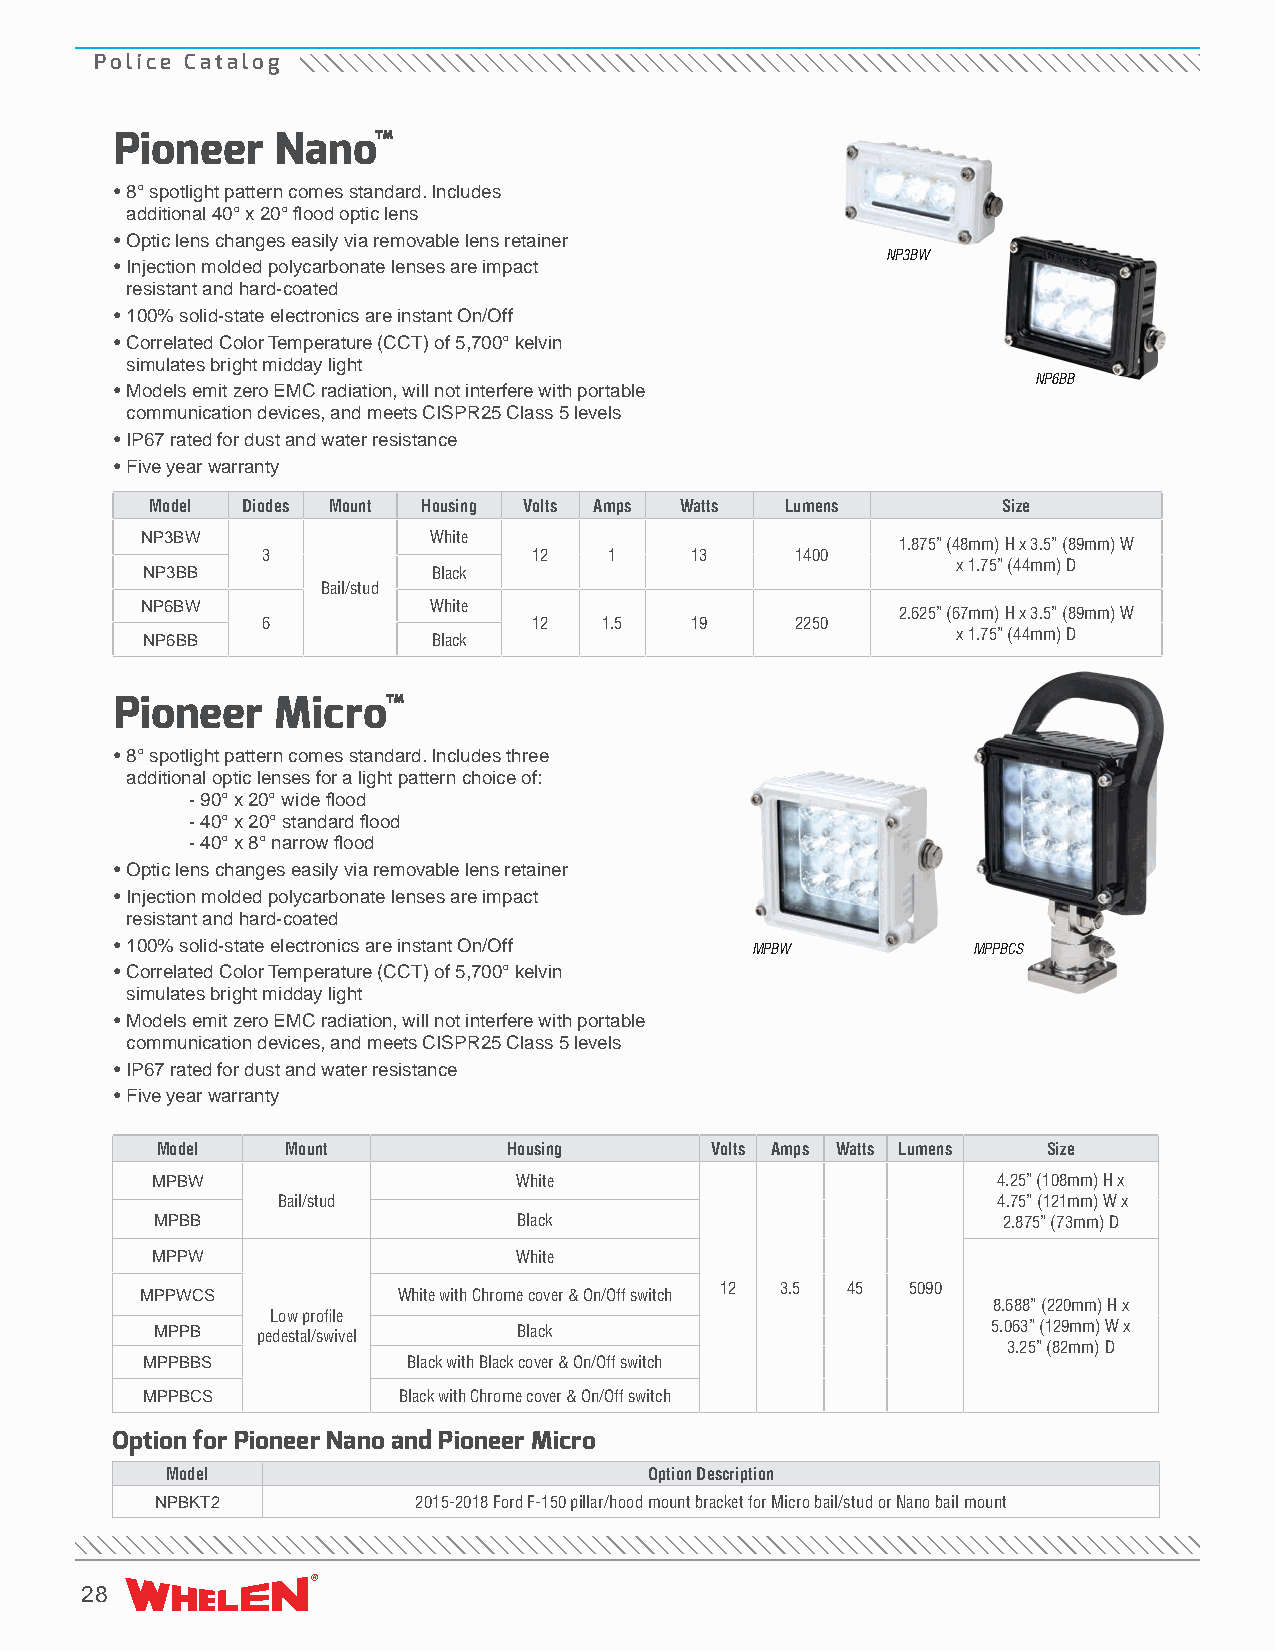
Police Catalog
 Pioneer   Nano™
 • 8° spotlight pattern comes standard. Includes
 additional 40° x 20° flood optic lens
 • Optic lens changes easily via removable lens retainer
 NP3BW
 • Injection molded polycarbonate lenses are impact
 resistant and hard-coated
 • 100% solid-state electronics are instant On/Off
 • Correlated Color Temperature (CCT) of 5,700° kelvin
 simulates bright midday light
 NP6BB
 • Models emit zero EMC radiation, will not interfere with portable
 communication devices, and meets CISPR25 Class 5 levels
 • IP67 rated for dust and water resistance
 • Five year warranty
 Model Diodes Mount Housing Volts Amps Watts Lumens      Size
 NP3BW              White
 1.875” (48mm) H x 3.5” (89mm) W
 3                 12   1     13     1400
 x 1.75” (44mm) D
 NP3BB               Black
 Bail/stud
 NP6BW              White
 2.625” (67mm) H x 3.5” (89mm) W
 6                 12   1.5   19     2250
 NP6BB               Black                             x 1.75” (44mm) D
 Pioneer   Micro™
 • 8° spotlight pattern comes standard. Includes three
 additional optic lenses for a light pattern choice of:
 - 90° x 20° wide flood
 - 40° x 20° standard flood
 - 40° x 8° narrow flood
 • Optic lens changes easily via removable lens retainer
 • Injection molded polycarbonate lenses are impact
 resistant and hard-coated
 • 100% solid-state electronics are instant On/Off
 MPBW          MPPBCS
 • Correlated Color Temperature (CCT) of 5,700° kelvin
 simulates bright midday light
 • Models emit zero EMC radiation, will not interfere with portable
 communication devices, and meets CISPR25 Class 5 levels
 • IP67 rated for dust and water resistance
 • Five year warranty
 Model    Mount          Housing      Volts Amps Watts Lumens Size
 MPBW                    White                           4.25” (108mm) H x
 Bail/stud                                       4.75” (121mm) W x
 MPBB                    Black                           2.875” (73mm) D
 MPPW                    White
 12  3.5 45  5090
 MPPWCS           White with Chrome cover & On/Off switch
 8.688” (220mm) H x
 Low profile
 MPPB   pedestal/swivel  Black                           5.063” (129mm) W x
 3.25” (82mm) D
 MPPBBS            Black with Black cover & On/Off switch
 MPPBCS           Black with Chrome cover & On/Off switch
 Option for Pioneer Nano and Pioneer Micro
 Model                           Option Description
 NPBKT2           2015-2018 Ford F-150 pillar/hood mount bracket for Micro bail/stud or Nano bail mount
 28